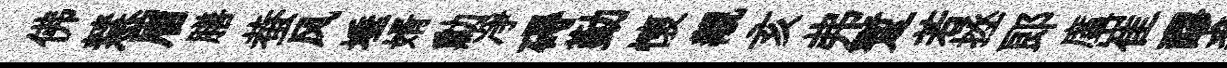
佛慧眉膳蛬风埵婿勳凈碍勤懷覯亥弗蹔若拯郎廑崔醪裘